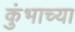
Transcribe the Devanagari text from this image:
कुंभाच्या